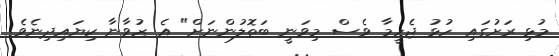
މުޅި ރަށުގައި ހުޅު ޖެހީމާ ވެސް މިވަނީ ބަތޮލުންނަށް" އެ ޒުވާނާ ކިޔައިދިނެވެ.